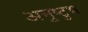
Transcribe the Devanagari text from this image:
अनुष्‍टुभ